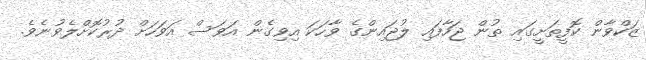
ޒަކްވާން ކޮފީތަށީގައި ތުން ޖަހާފައި ލުޖައިންގެ ވާހަކަ އިވިގެން އަވަސް އަވަހަށް ދުރުކޮށްލެވުނެވެ.